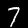
Digit: 7